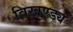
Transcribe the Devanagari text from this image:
विखण्ड्य